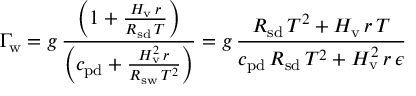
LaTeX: \Gamma _ { \mathrm { w } } = g \, { \frac { \left( 1 + { \frac { H _ { \mathrm { v } } \, r } { R _ { \mathrm { s d } } \, T } } \right) } { \left( c _ { \mathrm { p d } } + { \frac { H _ { \mathrm { v } } ^ { 2 } \, r } { R _ { \mathrm { s w } } \, T ^ { 2 } } } \right) } } = g \, { \frac { R _ { \mathrm { s d } } \, T ^ { 2 } + H _ { \mathrm { v } } \, r \, T } { c _ { \mathrm { p d } } \, R _ { \mathrm { s d } } \, T ^ { 2 } + H _ { \mathrm { v } } ^ { 2 } \, r \, \epsilon } }